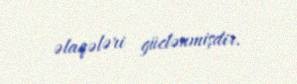
əlaqələri güclənmişdir.